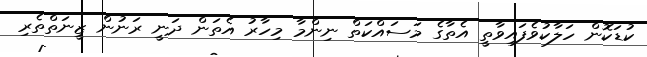
ކުޑަކޮން ހަލާކުވެފައިވާތީ އެތާގެ މަސައްކަތް ނިންމާ މިހާރު އެތަން ދަނީ ރަނުން ޒީނަތްތެރި